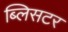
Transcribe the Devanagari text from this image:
ब्लिसटर